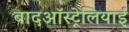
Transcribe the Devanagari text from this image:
बादऑस्ट्रेलियाई